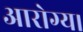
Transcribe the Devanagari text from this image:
आरोग्य।